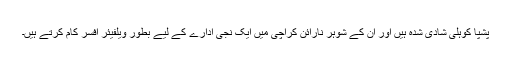
پشپا کوہلی شادی شدہ ہیں اور ان کے شوہر نارائن کراچی میں ایک نجی ادارے کے لیے بطور ویلفیئر افسر کام کرتے ہیں۔